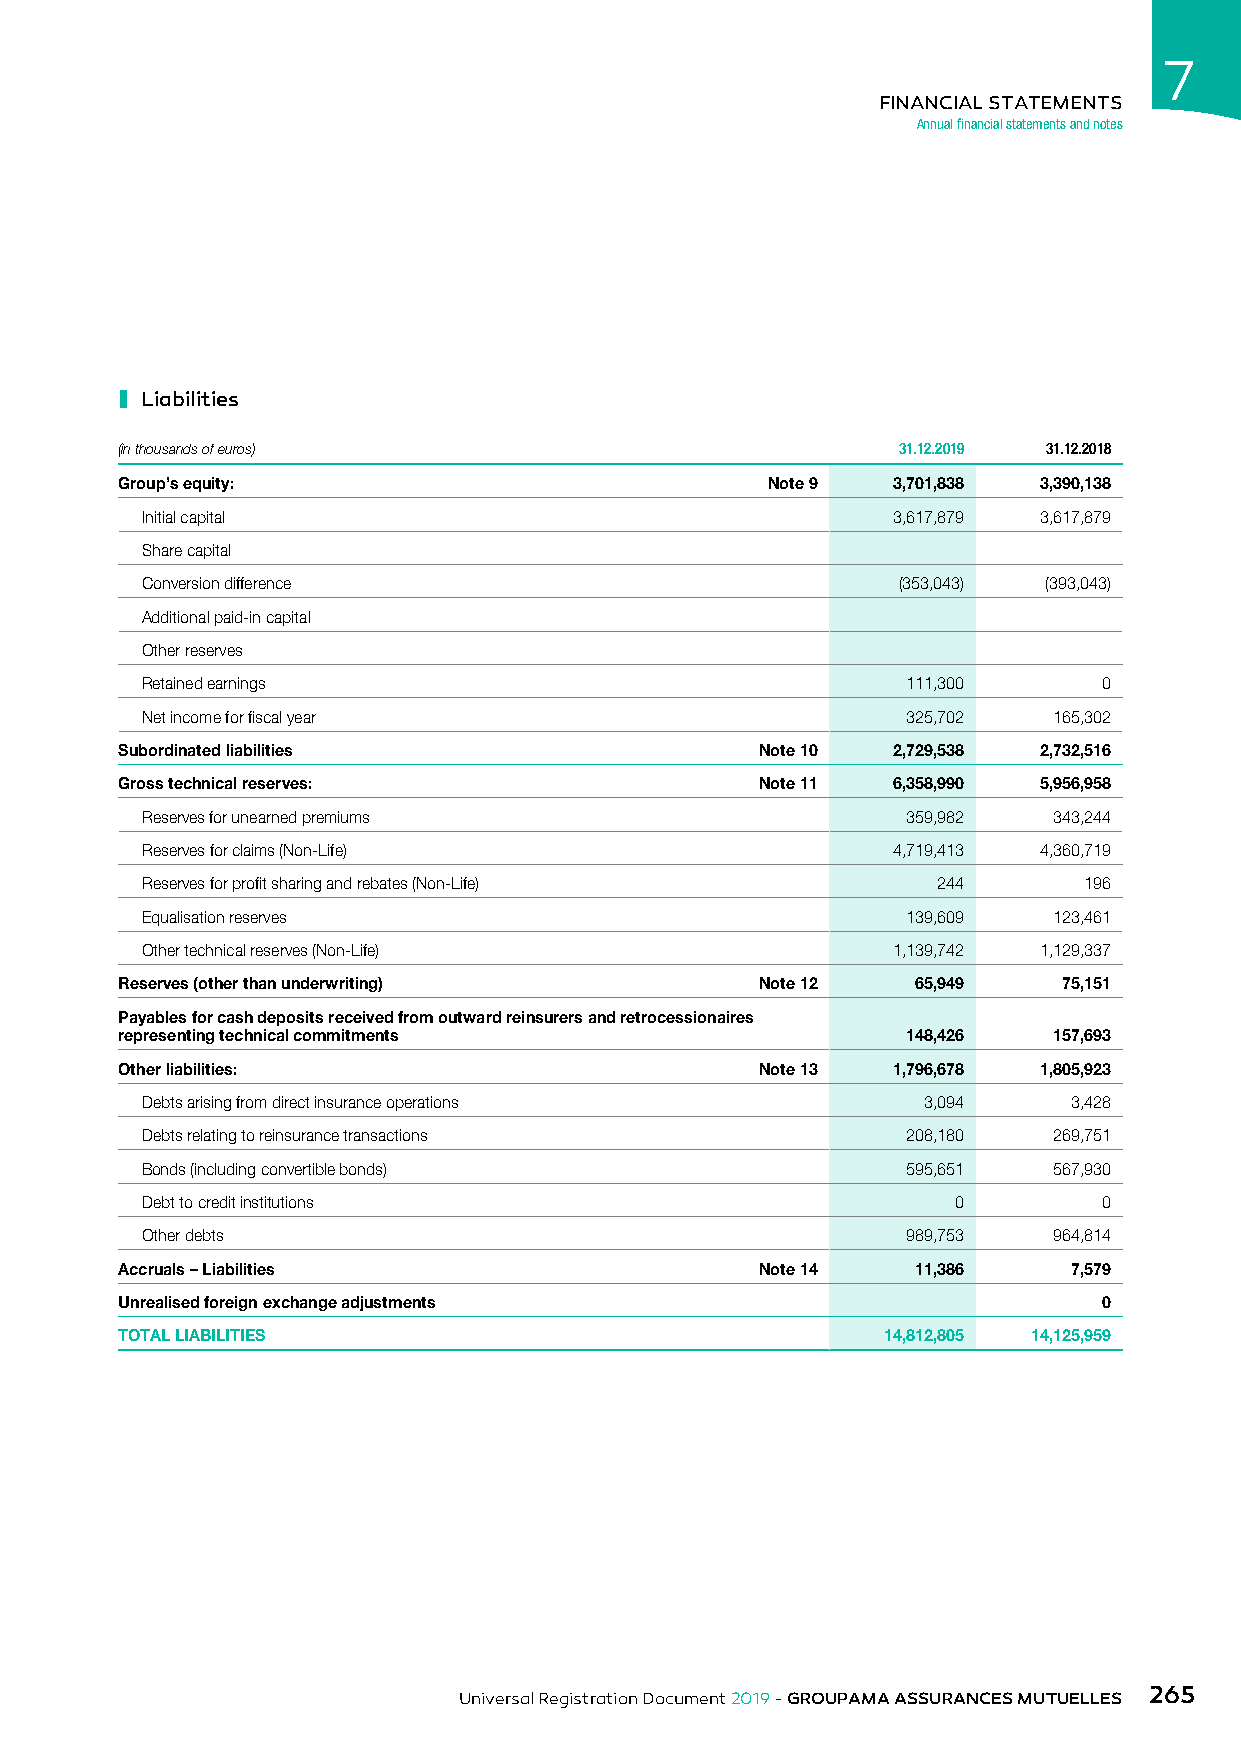
7
 FINANCIAL STATEMENTS
 Annual financial statements and notes
 ı
 Liabilities
 (in thousands of euros)                            31.12.2019 31.12.2018
 Group’s equity:                            Note 9  3,701,838 3,390,138
 Initial capital                                   3,617,879 3,617,879
 Share capital
 Conversion difference                             (353,043) (393,043)
 Additional paid-in capital
 Other reserves
 Retained earnings                                  111,300      0
 Net income for fiscal year                         325,702   165,302
 Subordinated liabilities                  Note 10  2,729,538 2,732,516
 Gross technical reserves:                 Note 11  6,358,990 5,956,958
 Reserves for unearned premiums                     359,982   343,244
 Reserves for claims (Non-Life)                    4,719,413 4,360,719
 Reserves for profit sharing and rebates (Non-Life)   244       196
 Equalisation reserves                              139,609   123,461
 Other technical reserves (Non-Life)               1,139,742 1,129,337
 Reserves (other than underwriting)        Note 12    65,949   75,151
 Payables for cash deposits received from outward reinsurers and retrocessionaires
 representing technical commitments                  148,426   157,693
 Other liabilities:                        Note 13  1,796,678 1,805,923
 Debts arising from direct insurance operations      3,094     3,428
 Debts relating to reinsurance transactions         208,180   269,751
 Bonds (including convertible bonds)                595,651   567,930
 Debt to credit institutions                           0         0
 Other debts                                        989,753   964,814
 Accruals – Liabilities                    Note 14    11,386    7,579
 Unrealised foreign exchange adjustments                          0
 TOTAL LIABILITIES                                 14,812,805 14,125,959
 265
 Universal Registration Document 2019 - GROUPAMA ASSURANCES MUTUELLES